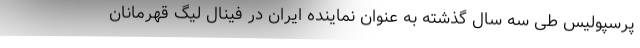
پرسپولیس طی سه سال گذشته به عنوان نماینده ایران در فینال لیگ قهرمانان